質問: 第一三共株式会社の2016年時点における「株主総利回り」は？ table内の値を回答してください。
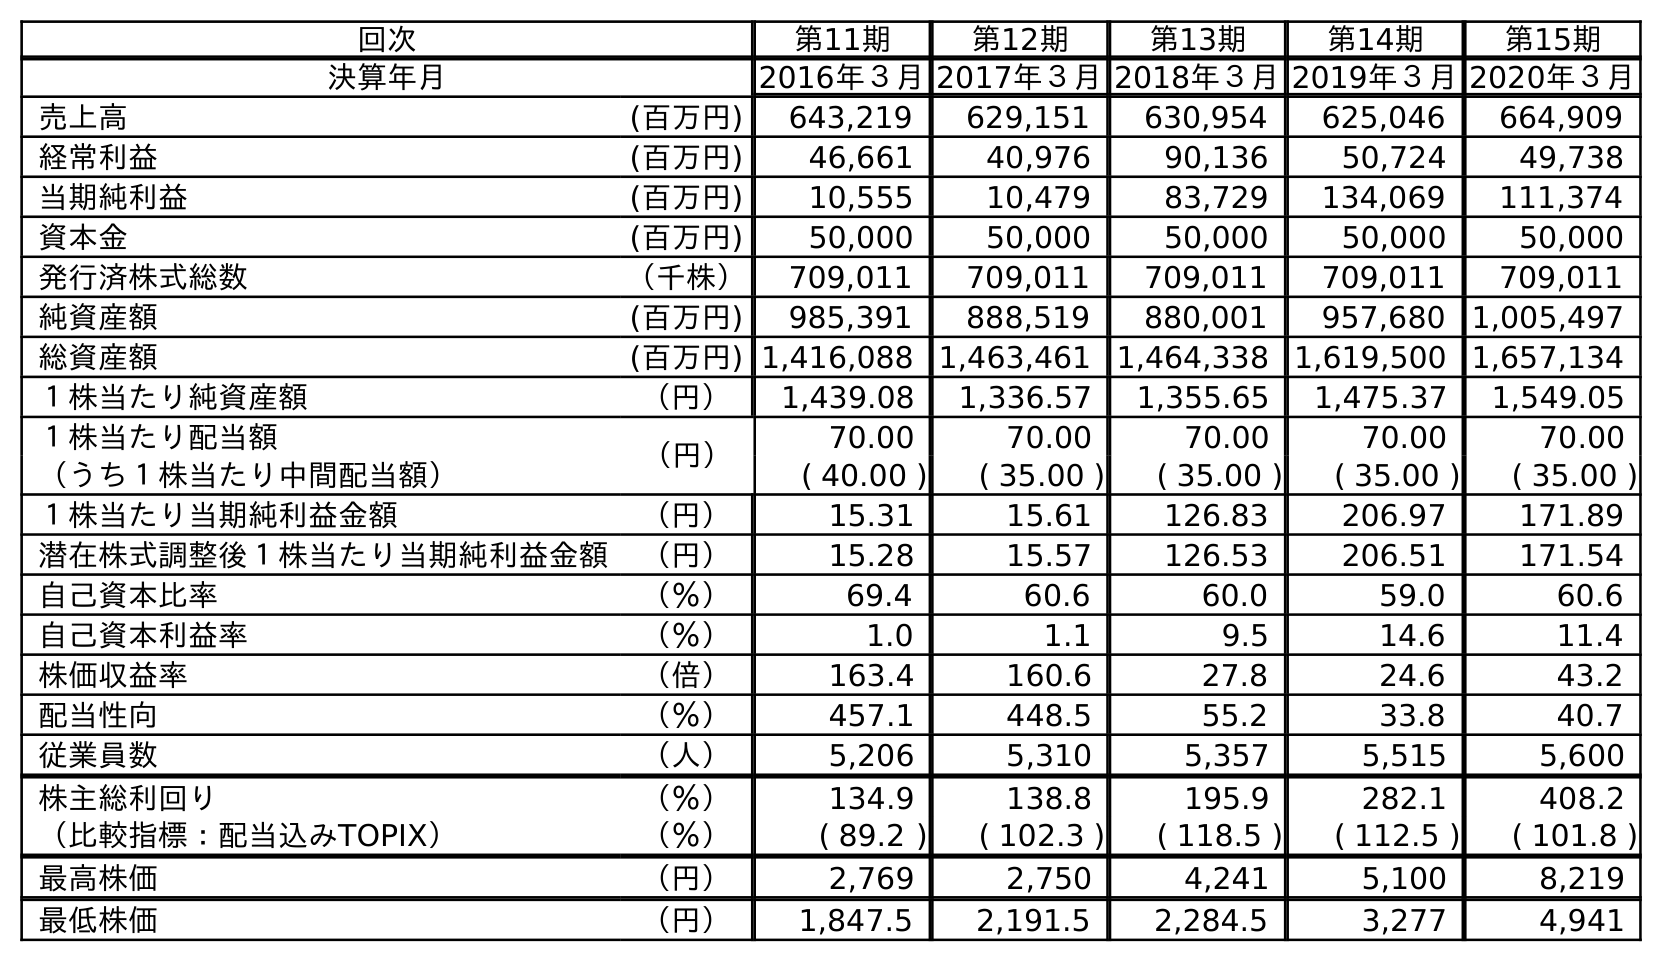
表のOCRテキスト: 回次 第11期 第12期 第13期 第14期 第15期 決算年月 2016年３月2017年３月2018年３月2019年３月2020年３月 売上高 (百万円) 643,219 629,151 630,954 625,046 664,909 経常利益 (百万円) 46,661 40,976 90,136 50,724 49,738 当期純利益 (百万円) 10,555 10,479 83,729 134,069 111,374 資本金 (百万円) 50,000 50,000 50,000 50,000 50,000 発行済株式総数 （千株） 709,011 709,011 709,011 709,011 709,011 純資産額 (百万円) 985,391 888,519 880,001 957,680 1,005,497 総資産額 (百万円) 1,416,088 1,463,461 1,464,338 1,619,500 1,657,134 １株当たり純資産額 （円） 1,439.08 1,336.57 1,355.65 1,475.37 1,549.05 １株当たり配当額 （円） 70.00 70.00 70.00 70.00 70.00 （うち１株当たり中間配当額） ( 40.00 ) ( 35.00 ) ( 35.00 ) ( 35.00 ) ( 35.00 ) １株当たり当期純利益金額 （円） 15.31 15.61 126.83 206.97 171.89 潜在株式調整後１株当たり当期純利益金額 （円） 15.28 15.57 126.53 206.51 171.54 自己資本比率 （％） 69.4 60.6 60.0 59.0 60.6 自己資本利益率 （％） 1.0 1.1 9.5 14.6 11.4 株価収益率 （倍） 163.4 160.6 27.8 24.6 43.2 配当性向 （％） 457.1 448.5 55.2 33.8 40.7 従業員数 （人） 5,206 5,310 5,357 5,515 5,600 株主総利回り （％） 134.9 138.8 195.9 282.1 408.2 （比較指標：配当込みTOPIX） （％） ( 89.2 ) ( 102.3 ) ( 118.5 ) ( 112.5 ) ( 101.8 ) 最高株価 （円） 2,769 2,750 4,241 5,100 8,219 最低株価 （円） 1,847.5 2,191.5 2,284.5 3,277 4,941
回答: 134.9